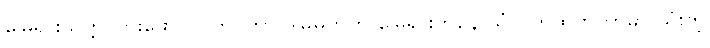
မြေရှားသတ္တု တူးဖော်လုပ်ကိုင်တာ ဒါမှမဟုတ် မြေရှားကနေ သံလိုက်ထုတ်တာမှာ သုံးတဲ့